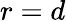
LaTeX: r=d